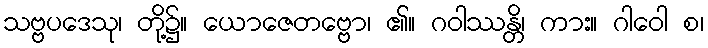
သဗ္ဗပဒေသု၊ တို့၌။ ယောဇေတဗ္ဗော၊ ၏။ ဂဝါဿန္တိ၊ ကား။ ဂါဝေါ စ၊